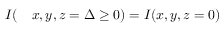
\begin{array} { r l } { I ( } & { { } x , y , z = \Delta \ge 0 ) = I ( x , y , z = 0 ) } \end{array}